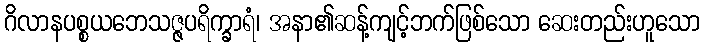
ဂိလာနပစ္စယဘေသဇ္ဇပရိက္ခာရံ၊ အနာ၏ဆန့်ကျင့်ဘက်ဖြစ်သော ဆေးတည်းဟူသော